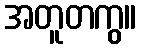
အတူတကွ။